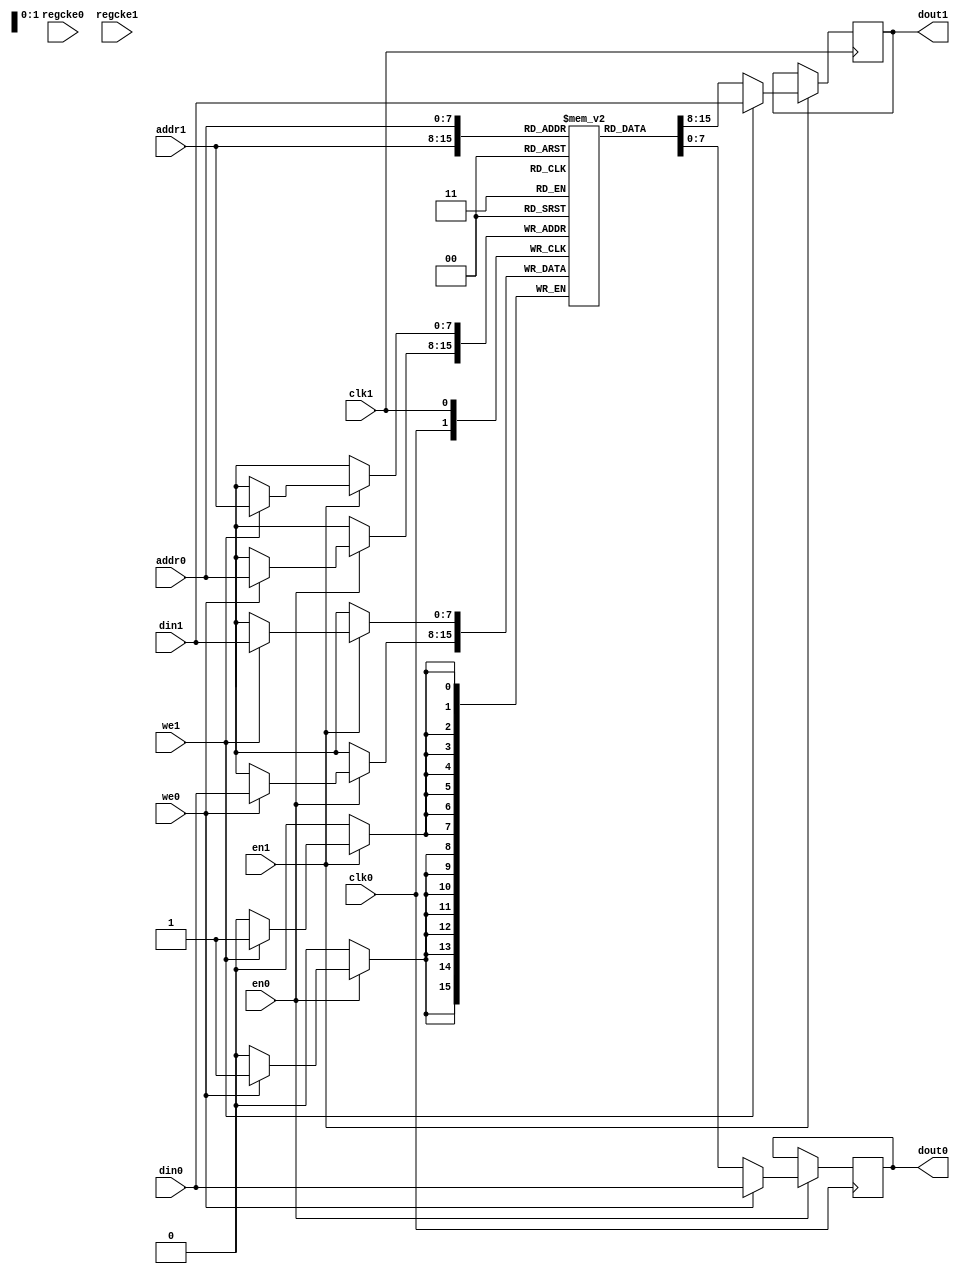
// This program was cloned from: https://github.com/ryuz/jelly
// License: MIT License

// ---------------------------------------------------------------------------
//  Jelly  -- The platform for real-time computing
//
//                                 Copyright (C) 2008-2020 by Ryuz
//                                 https://github.com/ryuz/jelly.git
// ---------------------------------------------------------------------------



`timescale 1ns / 1ps
`default_nettype none


// Dualport-RAM
module jelly_ram_dualport
        #(
            parameter   ADDR_WIDTH   = 8,
            parameter   DATA_WIDTH   = 8,
            parameter   MEM_SIZE     = (1 << ADDR_WIDTH),
            parameter   RAM_TYPE     = "block",
            parameter   DOUT_REGS0   = 0,
            parameter   DOUT_REGS1   = 0,
            parameter   MODE0        = "WRITE_FIRST",
            parameter   MODE1        = "WRITE_FIRST",
            
            parameter   FILLMEM      = 0,
            parameter   FILLMEM_DATA = 0,
            parameter   READMEMB     = 0,
            parameter   READMEMH     = 0,
            parameter   READMEM_FIlE = ""
        )
        (
            // port0
            input   wire                        clk0,
            input   wire                        en0,
            input   wire                        regcke0,
            input   wire                        we0,
            input   wire    [ADDR_WIDTH-1:0]    addr0,
            input   wire    [DATA_WIDTH-1:0]    din0,
            output  wire    [DATA_WIDTH-1:0]    dout0,
            
            // port1
            input   wire                        clk1,
            input   wire                        en1,
            input   wire                        regcke1,
            input   wire                        we1,
            input   wire    [ADDR_WIDTH-1:0]    addr1,
            input   wire    [DATA_WIDTH-1:0]    din1,
            output  wire    [DATA_WIDTH-1:0]    dout1
        );
    
    // memory
    (* ram_style = RAM_TYPE *)
    reg     [DATA_WIDTH-1:0]    mem [0:MEM_SIZE-1];
    
    // dout
    reg     [DATA_WIDTH-1:0]    tmp_dout0;
    reg     [DATA_WIDTH-1:0]    tmp_dout1;
    
    // port0
    generate
    if ( MODE0 == "WRITE_FIRST" ) begin
        // write first
        always @ ( posedge clk0 ) begin
            if ( en0 ) begin
                if ( we0 ) begin
                    mem[addr0] <= din0;
                end
                
                if ( we0 ) begin
                    tmp_dout0 <= din0;
                end
                else begin
                    tmp_dout0 <= mem[addr0];
                end
            end
        end
    end
    else begin
        // read first
        always @ ( posedge clk0 ) begin
            if ( en0 ) begin
                if ( we0 ) begin
                    mem[addr0] <= din0;
                end
                tmp_dout0 <= mem[addr0];
            end
        end
    end
    
    // DOUT FF insert
    if ( DOUT_REGS0 ) begin
        reg     [DATA_WIDTH-1:0]    reg_dout0;
        always @(posedge clk0) begin
            if ( regcke0 ) begin
                reg_dout0 <= tmp_dout0;
            end
        end
        assign dout0 = reg_dout0;
    end
    else begin
        assign dout0 = tmp_dout0;
    end
    
    endgenerate
    
    
    
    // port1
    generate
    if ( MODE1 == "WRITE_FIRST" ) begin
        // write first
        always @ ( posedge clk1 ) begin
            if ( en1 ) begin
                if ( we1 ) begin
                    mem[addr1] <= din1;
                end
                
                if ( we1 ) begin
                    tmp_dout1 <= din1;
                end
                else begin
                    tmp_dout1 <= mem[addr1];
                end
            end
        end
    end
    else begin
        // read first
        always @ ( posedge clk1 ) begin
            if ( en1 ) begin
                if ( we1 ) begin
                    mem[addr1] <= din1;
                end
                tmp_dout1 <= mem[addr1];
            end
        end
    end
    
    // DOUT FF insert
    if ( DOUT_REGS1 ) begin
        reg     [DATA_WIDTH-1:0]    reg_dout1;
        always @(posedge clk1) begin
            if ( regcke1 ) begin
                reg_dout1 <= tmp_dout1;
            end
        end
        assign dout1 = reg_dout1;
    end
    else begin
        assign dout1 = tmp_dout1;
    end
    endgenerate
    
    
    // initialize
`ifndef ALTERA
    integer i;
    initial begin
        if ( FILLMEM ) begin
            for ( i = 0; i < MEM_SIZE; i = i + 1 ) begin
                mem[i] = FILLMEM_DATA;
            end
        end
        
        if ( READMEMB ) begin
            $readmemb(READMEM_FIlE, mem);
        end
        if ( READMEMH ) begin
            $readmemh(READMEM_FIlE, mem);
        end
    end
`endif
    
endmodule


`default_nettype wire


// End of file